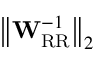
\left\Vert \mathbf { W } _ { \mathrm { R R } } ^ { - 1 } \right\Vert _ { 2 }